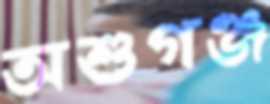
অশুগঞ্জ